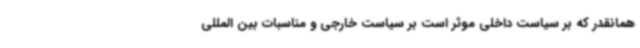
همانقدر که بر سیاست داخلی موثر است بر سیاست خارجی و مناسبات بین المللی